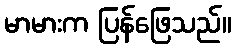
မာမားက ပြန်ဖြေသည်။